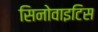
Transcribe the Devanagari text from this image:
सिनोवाइटिस